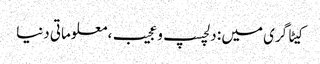
کیٹاگری میں : دلچسپ و عجیب، معلوماتی دنیا